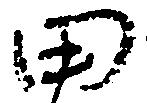
田